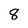
Character: 8